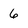
Character: 6